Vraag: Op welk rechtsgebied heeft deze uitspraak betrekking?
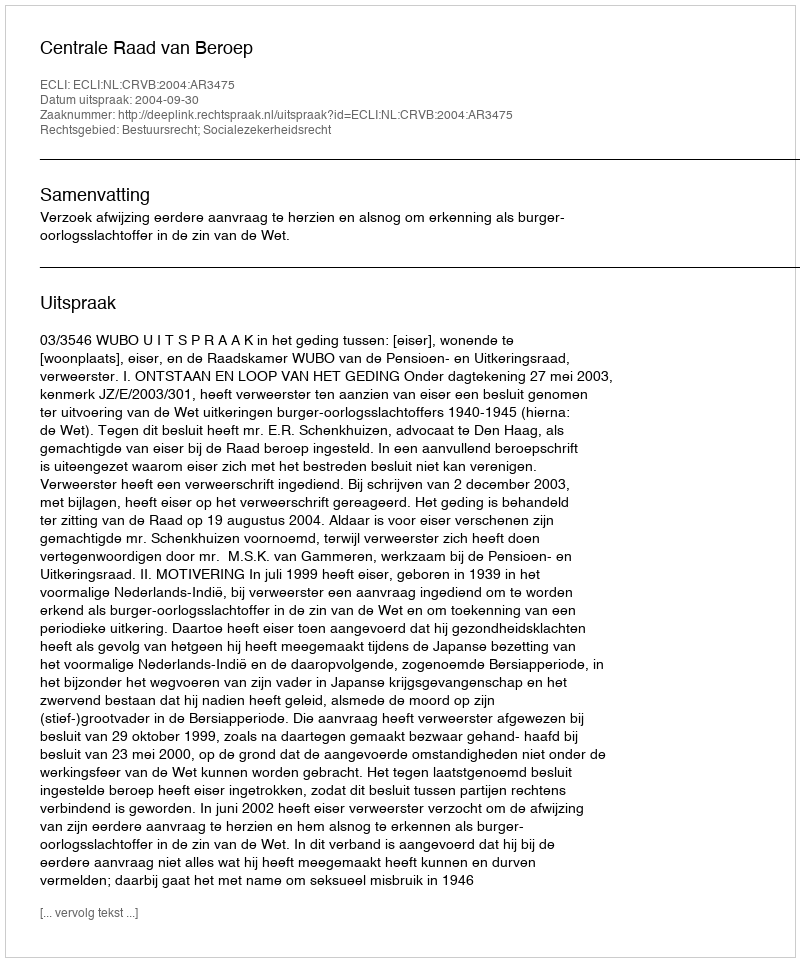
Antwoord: Bestuursrecht; Socialezekerheidsrecht